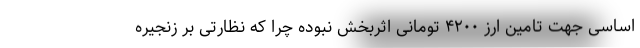
اساسی جهت تامین ارز ۴۲۰۰ تومانی اثربخش نبوده چرا که نظارتی بر زنجیره